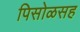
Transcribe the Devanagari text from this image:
पिसोळसह